Indian journal of veterinary science and animal husbandry - Volumes 15-17, 1948-1951
Year: 1948
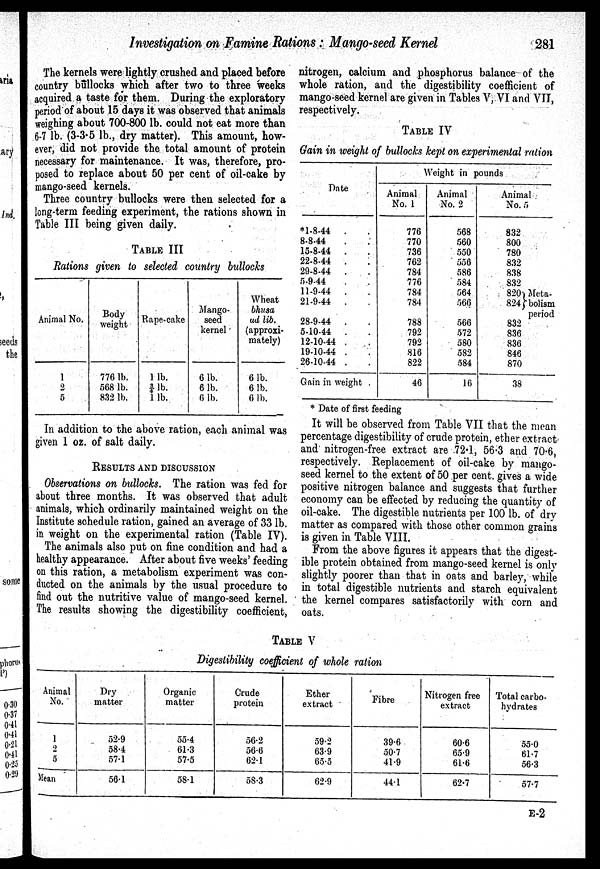
Investigation on Famine Rations: Mango-seed Kernel
281
The kernels were lightly crushed and placed before
country bullocks which after two to three weeks
acquired a taste for them. During the exploratory
period of about 15 days it was observed that animals
weighing about 700-800 lb. could not eat more than
6-7 lb. (3-3.5 lb., dry matter). This amount, how-
ever, did not provide the total amount of protein
necessary for maintenance. It was, therefore, pro-
posed to replace about 50 per cent of oil-cake by
mango-seed kernels.
Three country bullocks were then selected for a
long-term feeding experiment, the rations shown in
Table III being given daily.
TABLE III
Rations given to selected country bullocks
Animal No.
1
2
5
Body
weight
776 lb.
568 lb.
832 lb.
Rape-cake
1 lb.
¾lb.
1 lb.
Mango-
seed
kernel
6 lb.
6 lb.
6 lb.
Wheat
bhusa
ad lib.
(approxi-
mately)
6 lb.
6 lb.
6 lb.
In addition to the above ration, each animal was
given 1 oz. of salt daily.
RESULTS AND DISCUSSION
Observations on bullocks. The ration was fed for
about three months. It was observed that adult
animals, which ordinarily maintained weight on the
Institute schedule ration, gained an average of 33 lb.
in weight on the experimental ration (Table IV).
The animals also put on fine condition and had a
healthy appearance. After about five weeks' feeding
on this ration, a metabolism experiment was con-
ducted on the animals by the usual procedure to
find out the nutritive value of mango-seed kernel.
The results showing the digestibility coefficient,
nitrogen, calcium and phosphorus balance of the
whole ration, and the digestibility coefficient of
mango-seed kernel are given in Tables V, VI and VII,
respectively.
TABLE IV
Gain in weight of bullocks kept on experimental ration
Date
*l-8-44
. .
8-8-44 . .
15-8-44 . .
22-8-44 ..
29-8-44
. .
5-9-44 . .
11-9-44 . .
21-9-44
. .
28-9-44
. .
5-10-44
. .
12-10-44 . .
19-10-44 . .
26-10-44 . .
Gain in weight .
Weight in pounds
Animal
No. 1
776
770
736
762
784
776
784
784
788
792
792
816
822
46
Animal
No. 2
568
560
550
556
586
584
564
566
566
572
580
582
584
16
Animal
No. 5
832
800
780
832
838
832
820
824
832
836
836
846
870
38
Meta-
bolism
period
* Date of first feeding
It will be observed from Table VII that the mean
percentage digestibility of crude protein, ether extract
and nitrogen-free extract are 72.1, 56.3 and 70.6,
respectively. Replacement of oil-cake by mango-
seed kernel to the extent of 50 per cent. gives a wide
positive nitrogen balance and suggests that further
economy can be effected by reducing the quantity of
oil-cake. The digestible nutrients per 100 lb. of dry
matter as compared with those other common grains
is given in Table VIII.
From the above figures it appears that the digest-
ible protein obtained from mango-seed kernel is only
slightly poorer than that in oats and barley, while
in total digestible nutrients and starch equivalent
the kernel compares satisfactorily with corn and
oats.
TABLE V
Digestibility coefficient of whole ration
Animal
No.
1
2
5
Mean
Dry
matter
52.9
58.4
57.1
56.1
Organic
matter
55.4
61.3
57.5
58.1
Crude
protein
56.2
56.6
62.1
58.3
Ether
extract
59.2
63.9
65.5
62.9
Fibre
39.6
50.7
41.9
44.1
Nitrogen free
extract
60.6
65.9
61.6
62.7
Total carbo-
hydrates
55.0
61.7
56.3
57.7
E-2